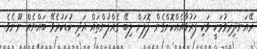
ރޭއަނދިރިވުމަކީ ވަކި ފަރުވާއެއްކޮށްގެން ލޮލަށް ލިބޭ ގެއްލުންތައް އަދި ކުޑަކުރެވޭ ބައްޔެއް ނޫނެވެ.